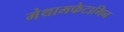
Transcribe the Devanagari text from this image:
मेथामफेटामिन